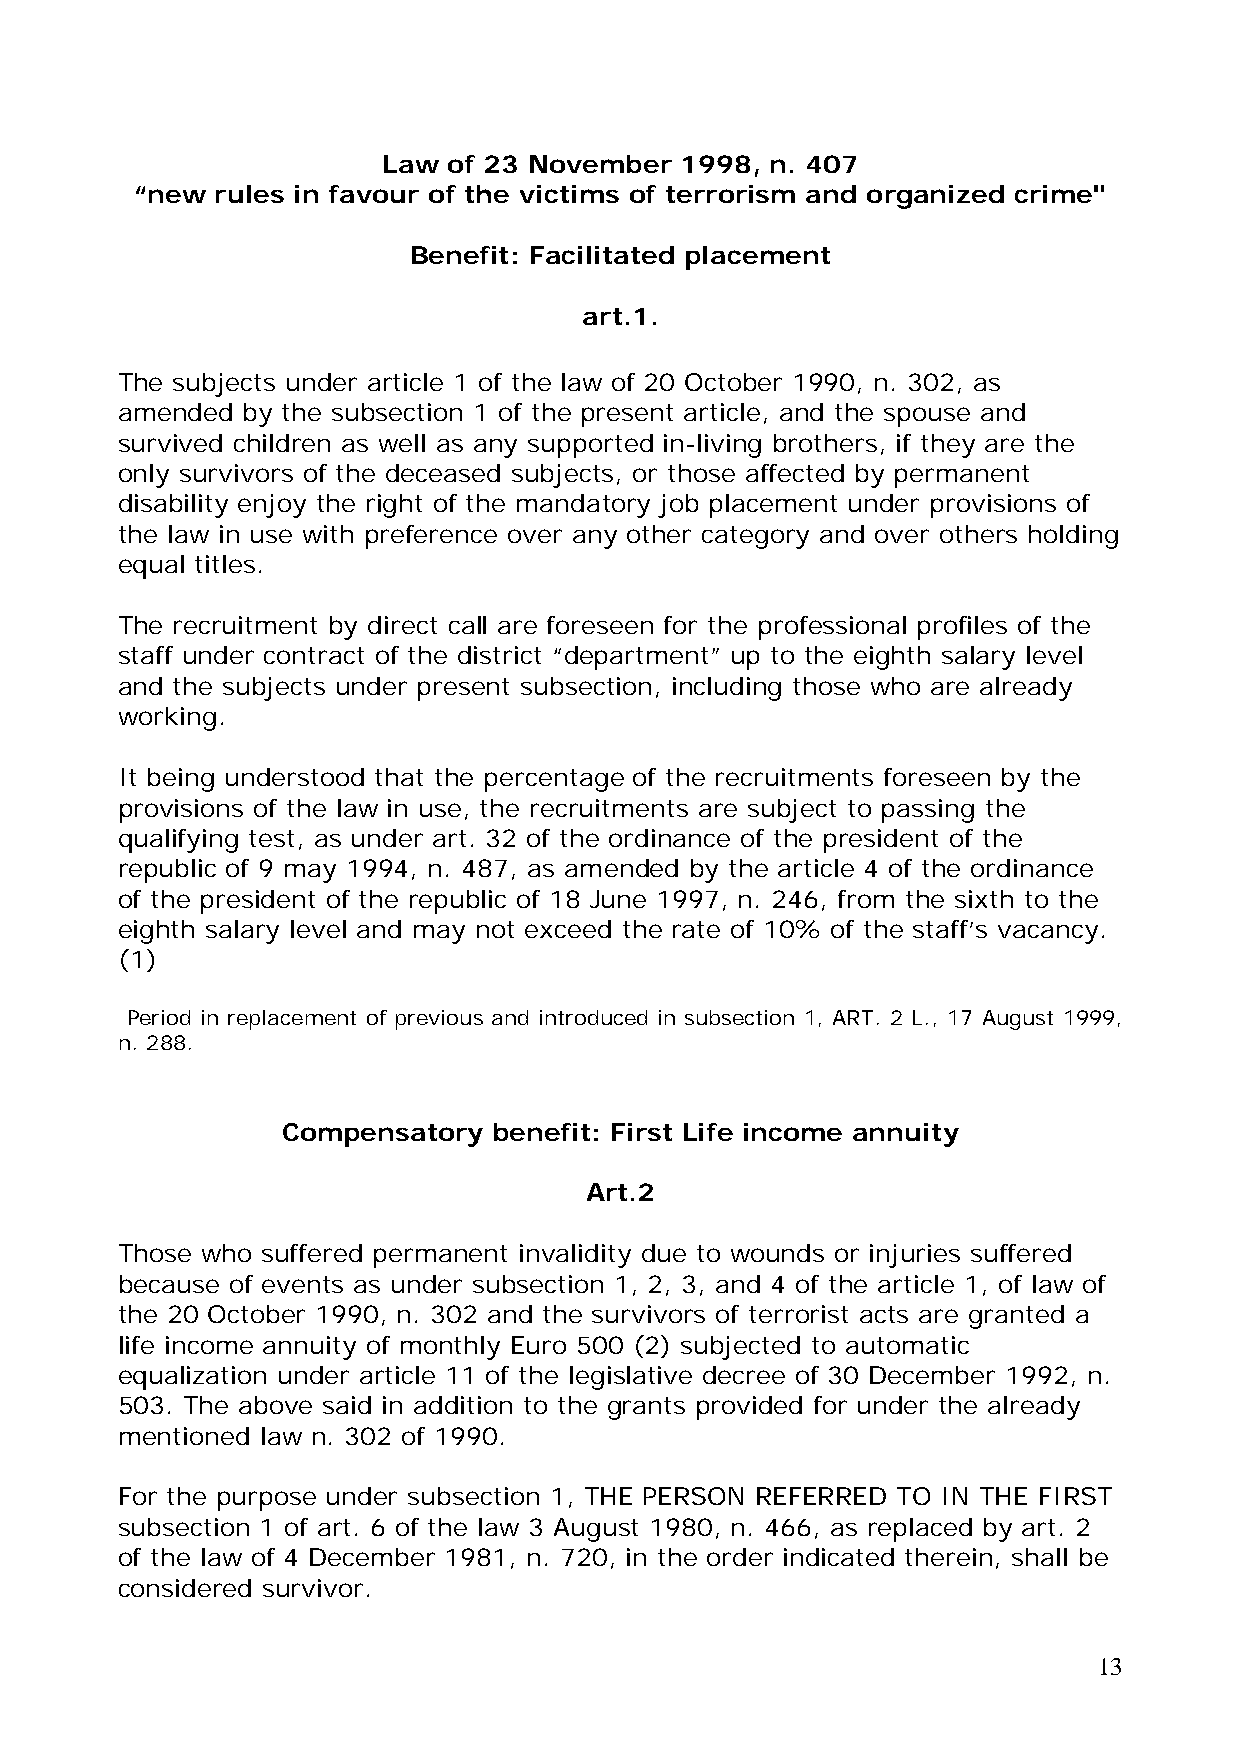
Law  of 23 November 1998, n. 407
 “new rules in favour of the victims of terrorism and organized crime"
 Benefit: Facilitated placement
 art.1.
 The subjects under article 1 of the law of 20 October 1990, n. 302, as
 amended by the subsection 1 of the present article, and the spouse and
 survived children as well as any supported in-living brothers, if they are the
 only survivors of the deceased subjects, or those affected by permanent
 disability enjoy the right of the mandatory job placement under provisions of
 the law in use with preference over any other category and over others holding
 equal titles.
 The recruitment by direct call are foreseen for the professional profiles of the
 staff under contract of the district “department” up to the eighth salary level
 and the subjects under present subsection, including those who are already
 working.
 It being understood that the percentage of the recruitments foreseen by the
 provisions of the law in use, the recruitments are subject to passing the
 qualifying test, as under art. 32 of the ordinance of the president of the
 republic of 9 may 1994, n. 487, as amended by the article 4 of the ordinance
 of the president of the republic of 18 June 1997, n. 246, from the sixth to the
 eighth salary level and may not exceed the rate of 10% of the staff’s vacancy.
 (1)
 Period in replacement of previous and introduced in subsection 1, ART. 2 L., 17 August 1999,
 n. 288.
 Compensatory  benefit: First Life income annuity
 Art.2
 Those who suffered permanent invalidity due to wounds or injuries suffered
 because of events as under subsection 1, 2, 3, and 4 of the article 1, of law of
 the 20 October 1990, n. 302 and the survivors of terrorist acts are granted a
 life income annuity of monthly Euro 500 (2) subjected to automatic
 equalization under article 11 of the legislative decree of 30 December 1992, n.
 503. The above said in addition to the grants provided for under the already
 mentioned law n. 302 of 1990.
 For the purpose under subsection 1, THE PERSON REFERRED TO IN THE FIRST
 subsection 1 of art. 6 of the law 3 August 1980, n. 466, as replaced by art. 2
 of the law of 4 December 1981, n. 720, in the order indicated therein, shall be
 considered survivor.
 13